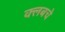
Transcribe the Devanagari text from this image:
क्‍लबचे